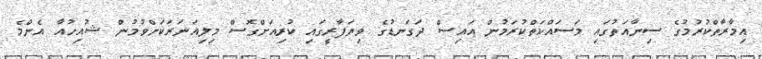
އިމާރާތްކުރުމުގެ ސިނާއަތުގައި މަސައްކަތްކުރަމުން އައިސް ދަގަނޑުގެ ވިޔަފާރީގައި ކުރިއަށްގޮސް މިލިއަނަރަކަށްވުމުން ޝުއިހުއާ އެންމެ